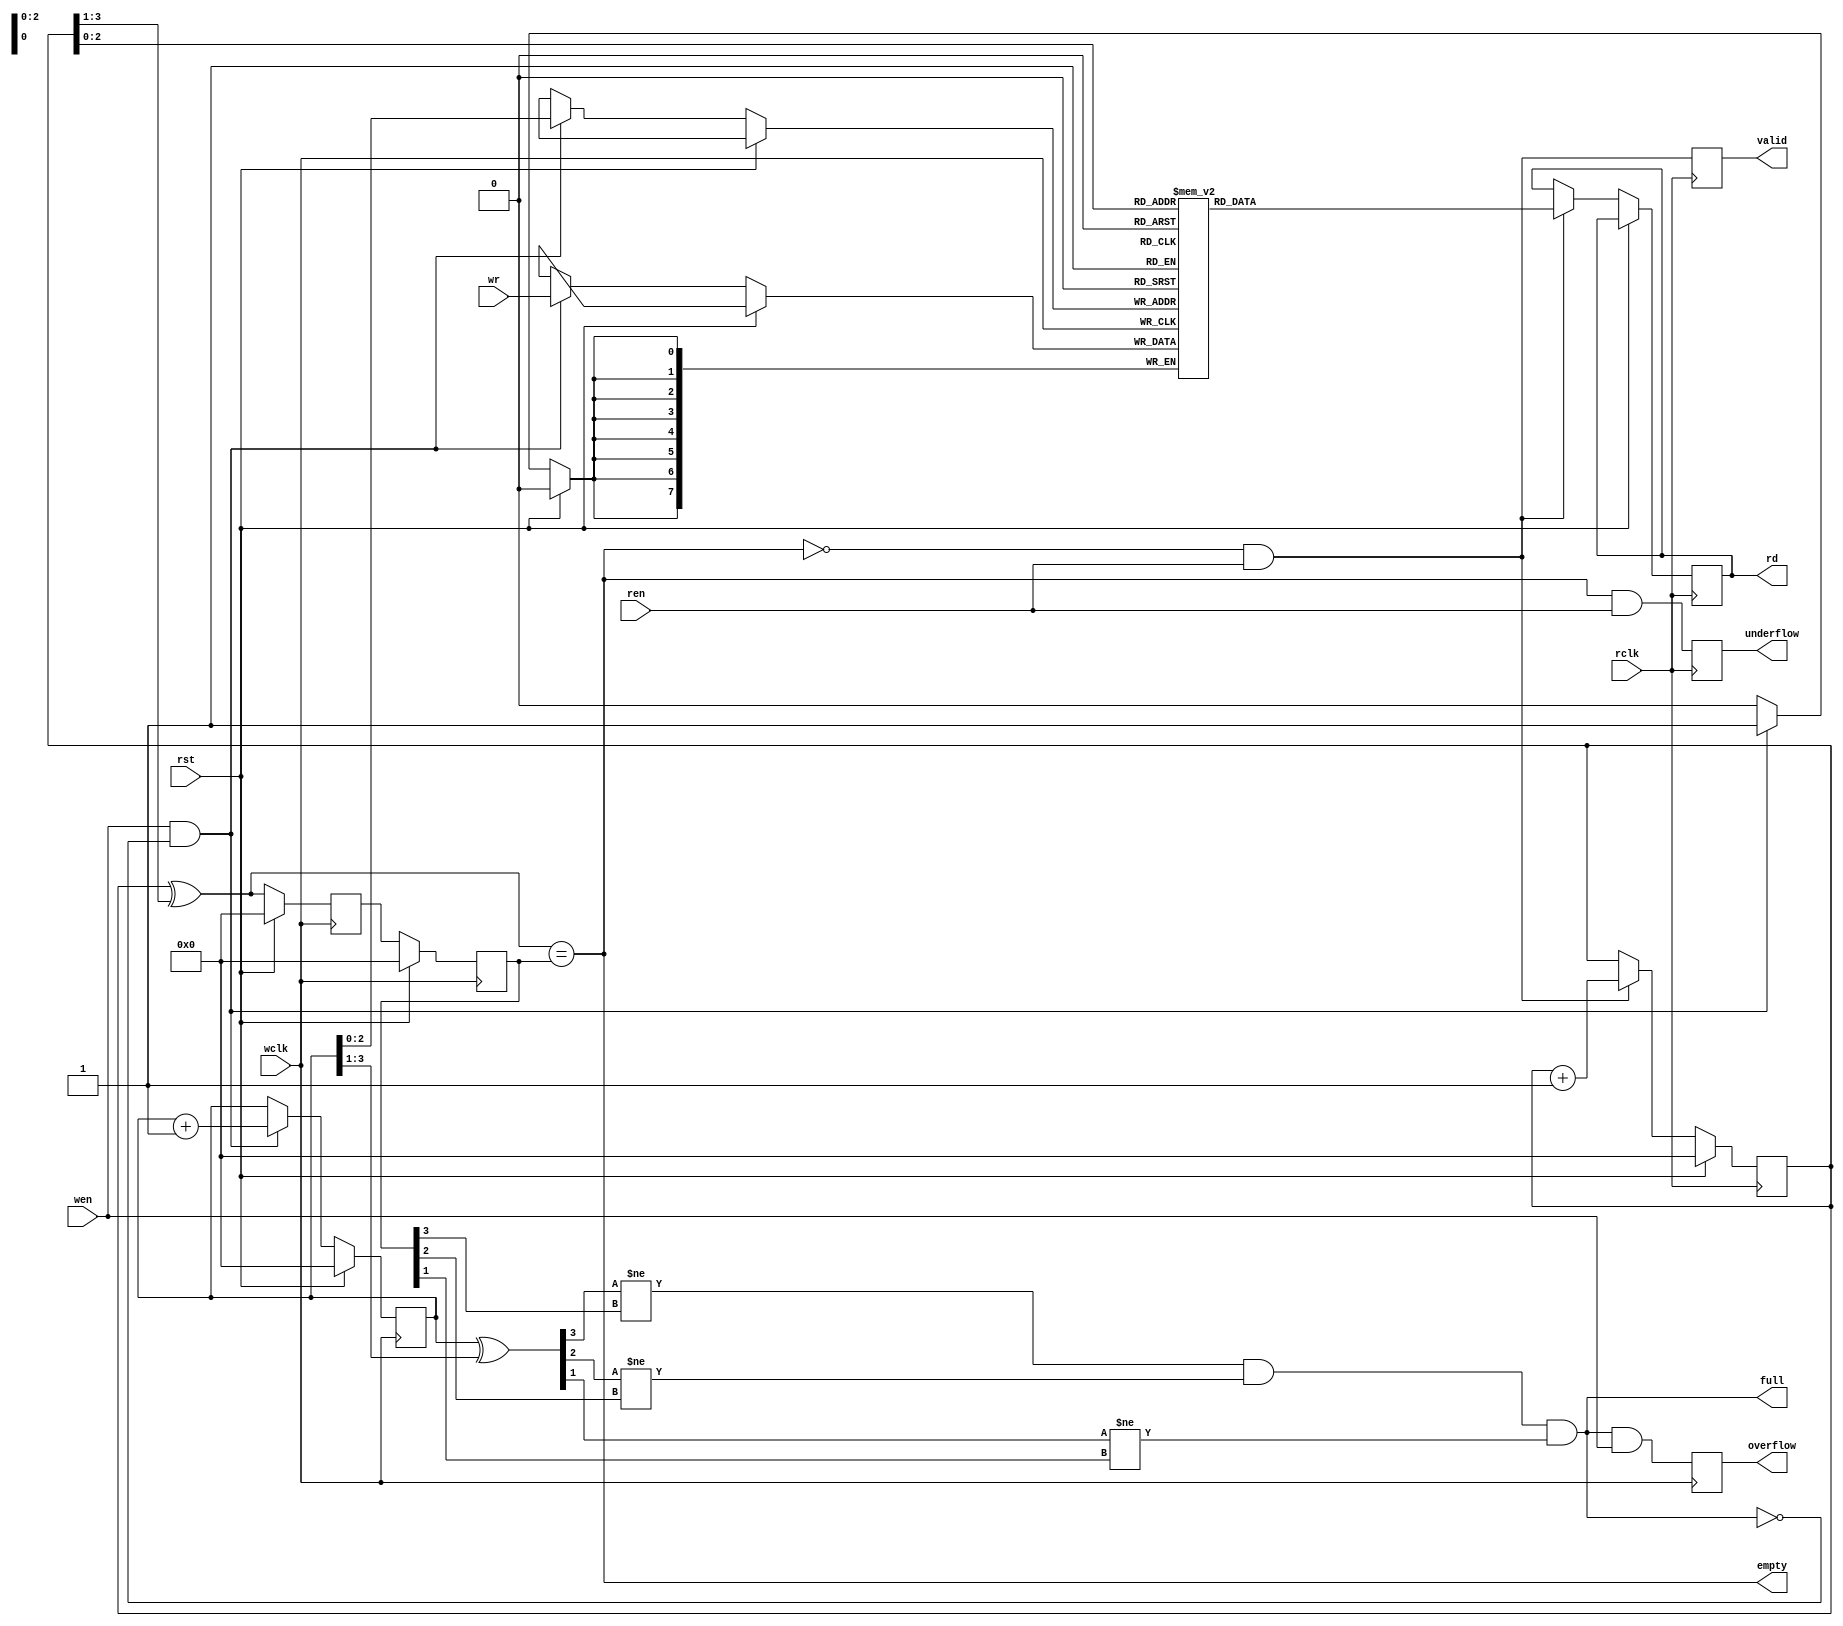
`timescale 1ns / 1ps
//////////////////////////////////////////////////////////////////////////////////
// Company: 
// Engineer: 
// 
// Design Name: 
// Module Name: Asyn_FIFO
// Project Name: 
// Target Devices: 
// Tool Versions: 
// Description: 
// 
// Dependencies: 
// 
// Revision:
// Revision 0.01 - File Created
// Additional Comments:
// 
//////////////////////////////////////////////////////////////////////////////////


module Asyn_FIFO(wclk,rclk,wen,ren,wr,rd,rst,valid,empty,full,overflow,underflow);
parameter WIDTH=8;
parameter DEPTH=8;
parameter addr=4;//one extra bit in msb to show Asynchronous FIFO is full or empty
input wen;
input ren;
input wclk;
input rclk;
input  [DEPTH-1:0] wr;
output reg [DEPTH-1:0] rd;
input rst;
output reg valid;
output empty;
output full;
output reg overflow;
output reg underflow;
wire [addr-1:0] wpointer_g;
wire [addr-1:0] rpointer_g;
reg [addr-1:0] wpointer,wpointer_g_s1,wpointer_g_s2;
reg [addr-1:0] rpointer,rpointer_g_s1,rpointer_g_s2;
reg [WIDTH-1:0] mem[DEPTH-1:0];
//write operation
always@(posedge wclk)
begin
if(rst)
wpointer<=0;
else
begin
if(wen && !full)
begin
wpointer<=wpointer+1;
mem[wpointer]<=wr;
end  
end  
end 
//read operation
always@(posedge rclk)
begin
if(rst)
rpointer<=0;
else
begin
if(ren && !empty)
begin
rpointer<=rpointer+1;
rd<=mem[rpointer];
end  
end  
end 
//read and write synchronizer
assign wpointer_g=wpointer^(wpointer>>1);  
assign rpointer_g=rpointer^(rpointer>>1);
always@(posedge rclk)
begin
if(rst)
begin
wpointer_g_s1<=0;
wpointer_g_s2<=0;
end 
else begin
wpointer_g_s1 <= wpointer_g;
wpointer_g_s2 <= wpointer_g_s1;
end
end 
always@(posedge wclk)
begin
if(rst)
begin
rpointer_g_s1<=0;
rpointer_g_s2<=0;
end 
else begin
rpointer_g_s1 <= rpointer_g;
rpointer_g_s2 <= rpointer_g_s1;
end
end
assign empty=(rpointer_g==rpointer_g_s2);//empty condition
assign full=(wpointer_g[addr-1]!= rpointer_g_s2[addr-1])//full condition
&& (wpointer_g[addr-2]!= rpointer_g_s2[addr-2])
&& (wpointer_g[addr-3]!= rpointer_g_s2[addr-3]);
always@(posedge wclk) overflow<=full && wen;
always@(posedge rclk)
begin 
underflow<=(empty && ren);//underflow condition
valid<=(!empty && ren);//valid condition
end
endmodule